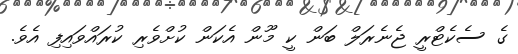
ގެ ސެކެޓްރީ ޖެނެރަލް ބަން ކީ މޫން އެކަން ކުށްވެރި ކުރައްވައިފި އެވެ.